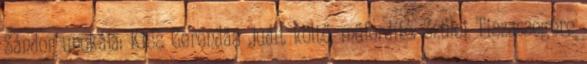
Sándor unokája: Kiss Gerendás Judit költő, műfordító. Szülei Tiszacsegére